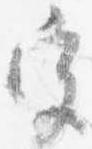
宮